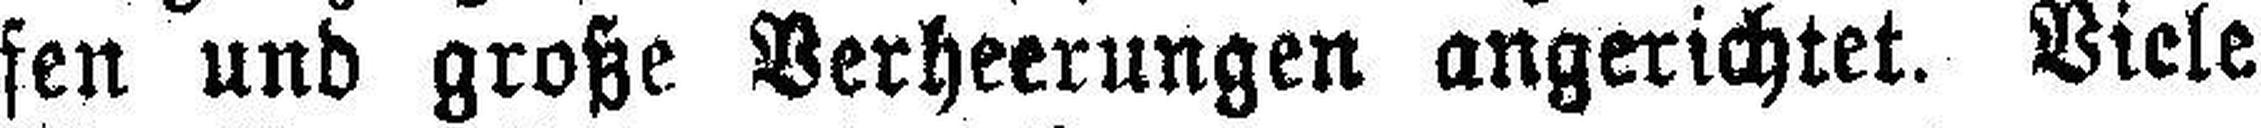
fen und große Verheerungen angerichtet. Viele